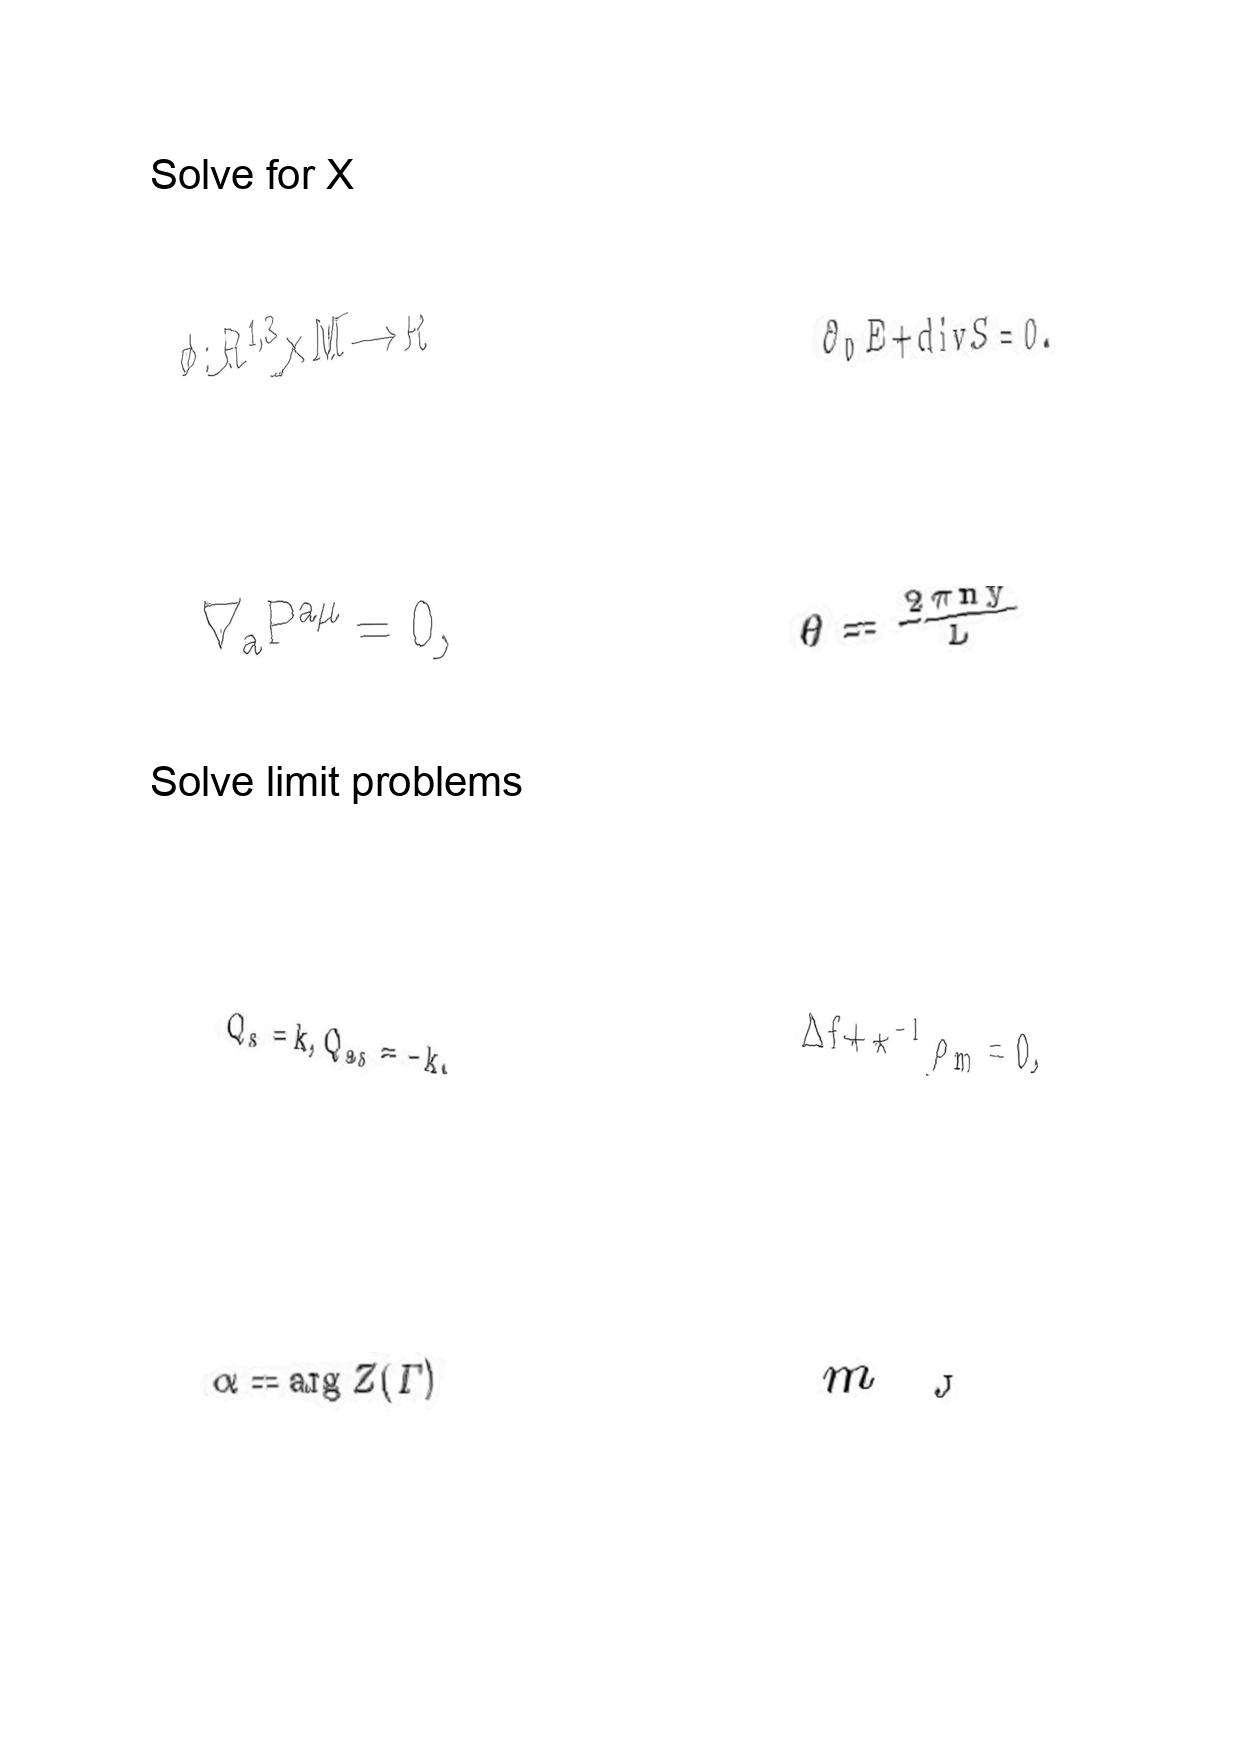
LaTeX transcription:
\phi : R ^ { 1 , 3 } \times M \longrightarrow R
\nabla _ { a } P ^ { a \mu } = 0 ,
Q _ { s } = k , Q _ { a s } = - k .
\alpha = \arg Z \lparen \Gamma \rparen
\partial _ { 0 } E + d i v S = 0 .
\theta = \frac { 2 \pi n y } { L }
\Delta f + \star ^ { - 1 } \rho _ { m } = 0 ,
m _ { _ { J } }